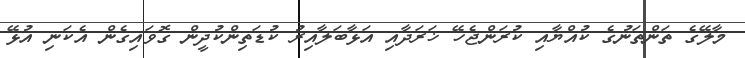
މާލޭގެ ތަންތަނުގެ ކުއްޔާއި ކުރަންޖެހޭ ޚަރަދާއި އަޅާބަލާއިރު ކުޑަތިންކުދީން ގޮވައިގެން އެކަނި އުޅޭ